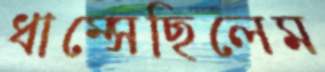
ধাম্‌সেছিলেম